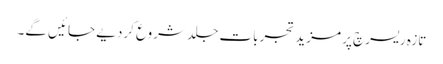
تازہ ریسرچ پر مزید تجربات جلد شروع کردیے جائیں گے۔